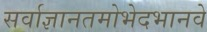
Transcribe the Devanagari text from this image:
सर्वाज्ञानतमोभेदभानवे